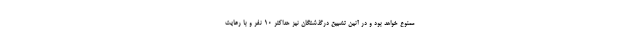
ممنوع خواهد بود و در آئین تشییع درگذشتگان نیز حداکثر ۱۰ نفر و با رعایت